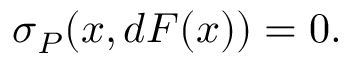
\sigma _ { P } ( x , d F ( x ) ) = 0 .